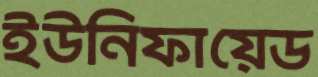
ইউনিফায়েড